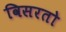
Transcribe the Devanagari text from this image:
विसरतो